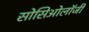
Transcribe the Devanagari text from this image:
सोसिओलॉजी